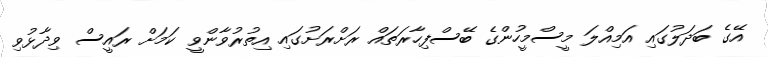
އޭގެ ބަދަލުގައި އަމިއްލަ މީސްމީހުންގެ ބޭސްފިހާރަތައް ރަށްރަށުގައި އިތުރުވާންވީ ކަމަށް ރައީސް ވިދާޅުވި